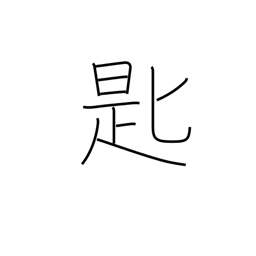
Meaning: spoon